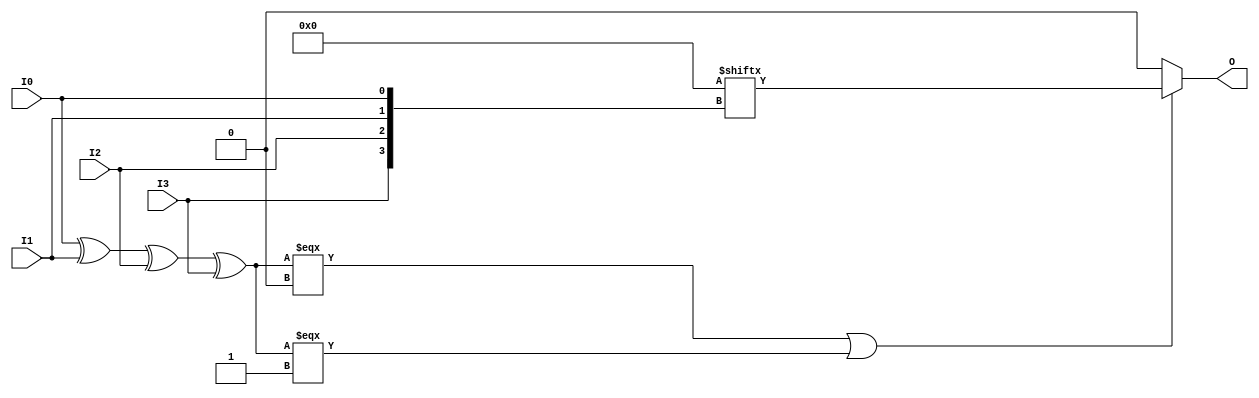
// This program was cloned from: https://github.com/Xilinx/XilinxUnisimLibrary
// License: Apache License 2.0

///////////////////////////////////////////////////////////////////////////////
//    Copyright (c) 1995/2016 Xilinx, Inc.
// 
//    Licensed under the Apache License, Version 2.0 (the "License");
//    you may not use this file except in compliance with the License.
//    You may obtain a copy of the License at
// 
//        http://www.apache.org/licenses/LICENSE-2.0
// 
//    Unless required by applicable law or agreed to in writing, software
//    distributed under the License is distributed on an "AS IS" BASIS,
//    WITHOUT WARRANTIES OR CONDITIONS OF ANY KIND, either express or implied.
//    See the License for the specific language governing permissions and
//    limitations under the License.
///////////////////////////////////////////////////////////////////////////////
//   ____  ____
//  /   /\/   /
// /___/  \  /    Vendor      : Xilinx
// \   \   \/     Version     : 2017.1
//  \   \         Description : Xilinx Unified Simulation Library Component
//  /   /                  4-Bit Look-Up Table
// /___/   /\     Filename : LUT4.v
// \   \  /  \
//  \___\/\___\
//
///////////////////////////////////////////////////////////////////////////////
//  Revision:
//    03/23/04 - Initial version.
//    02/04/05 - Replace primitive with function; Remove buf.
//    03/11/05 - Add LOC Parameter
//    06/04/07 - Add wire declaration to internal signal.
//    12/13/11 - 524859 - Added `celldefine and `endcelldefine
//    09/12/16 - ANSI ports, speed improvements
//  End Revision:
///////////////////////////////////////////////////////////////////////////////

`timescale 1 ps/1 ps

`celldefine

module LUT4 #(
`ifdef XIL_TIMING
  parameter LOC = "UNPLACED",
`endif
  parameter [15:0] INIT = 16'h0000
)(
  output O,

  input I0,
  input I1,
  input I2,
  input I3
);

// define constants
  localparam MODULE_NAME = "LUT4";

  reg trig_attr = 1'b0;
// include dynamic registers - XILINX test only
`ifdef XIL_DR
  `include "LUT4_dr.v"
`else
  reg [15:0] INIT_REG = INIT;
`endif

// begin behavioral model

  reg O_out;

  assign O = O_out;

  function lut_mux4_f;
  input [3:0] d;
  input [1:0] s;
  begin
    if (((s[1]^s[0]) === 1'b1) || ((s[1]^s[0]) === 1'b0))
      lut_mux4_f = d[s];
    else if ( ~(|d) || &d)
      lut_mux4_f = d[0];
    else if (((s[0] === 1'b1) || (s[0] === 1'b0)) && (d[{1'b0,s[0]}] === d[{1'b1,s[0]}]))
      lut_mux4_f = d[{1'b0,s[0]}];
    else if (((s[1] === 1'b1) || (s[1] === 1'b0)) && (d[{s[1],1'b0}] === d[{s[1],1'b1}]))
      lut_mux4_f = d[{s[1],1'b0}];
    else
      lut_mux4_f = 1'bx;
  end
  endfunction

 always @(I0 or I1 or I2 or I3)  begin
   if ( (I0 ^ I1  ^ I2 ^ I3) === 1'b0 || (I0 ^ I1  ^ I2 ^ I3) === 1'b1)
    O_out = INIT_REG[{I3, I2, I1, I0}];
   else if ( ~(|INIT_REG) || &INIT_REG )
    O_out = INIT_REG[0];
   else
    O_out = lut_mux4_f ({lut_mux4_f (INIT_REG[15:12], {I1, I0}),
                     lut_mux4_f ( INIT_REG[11:8], {I1, I0}),
                     lut_mux4_f (  INIT_REG[7:4], {I1, I0}),
                     lut_mux4_f (  INIT_REG[3:0], {I1, I0})}, {I3, I2});
  end

// end behavioral model

`ifdef XIL_TIMING
  specify
	(I0 => O) = (0:0:0, 0:0:0);
	(I1 => O) = (0:0:0, 0:0:0);
	(I2 => O) = (0:0:0, 0:0:0);
	(I3 => O) = (0:0:0, 0:0:0);
	specparam PATHPULSE$ = 0;
  endspecify
`endif

endmodule

`endcelldefine